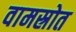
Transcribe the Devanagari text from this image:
वामस्रोत